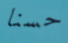
حسنا